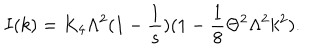
I ( k ) = K _ { 4 } \Lambda ^ { 2 } ( 1 - \frac { 1 } { s } ) ( 1 - \frac { 1 } { 8 } \Theta ^ { 2 } \Lambda ^ { 2 } k ^ { 2 } ) .